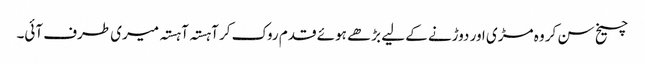
چیخ سن کر وہ مڑی اور دوڑنے کے لیے بڑھے ہوئے قدم روک کر آہستہ آہستہ میری طرف آئی۔